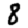
Digit: 8